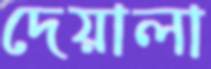
দেয়ালা